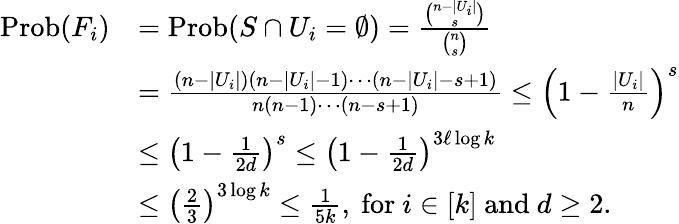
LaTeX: \begin{array}{rl}{\mathrm{Prob}(F_{i})}&{=\mathrm{Prob}(S\cap U_{i}=\emptyset)=\frac{{\binom{n-|U_{i}|}{s}}}{{\binom{n}{s}}}}\\ &{=\frac{(n-|U_{i}|)(n-|U_{i}|-1)\cdots(n-|U_{i}|-s+1)}{n(n-1)\cdots(n-s+1)}\leq\left(1-\frac{|U_{i}|}{n}\right)^{s}}\\ &{\leq\left(1-\frac{1}{2d}\right)^{s}\leq\left(1-\frac{1}{2d}\right)^{3\ell\log{k}}}\\ &{\leq\left(\frac 23\right)^{3\log{k}}\leq\frac{1}{5k},\mathrm{~for~}i\in[k]\mathrm{~and~}d\geq 2.}\end{array}